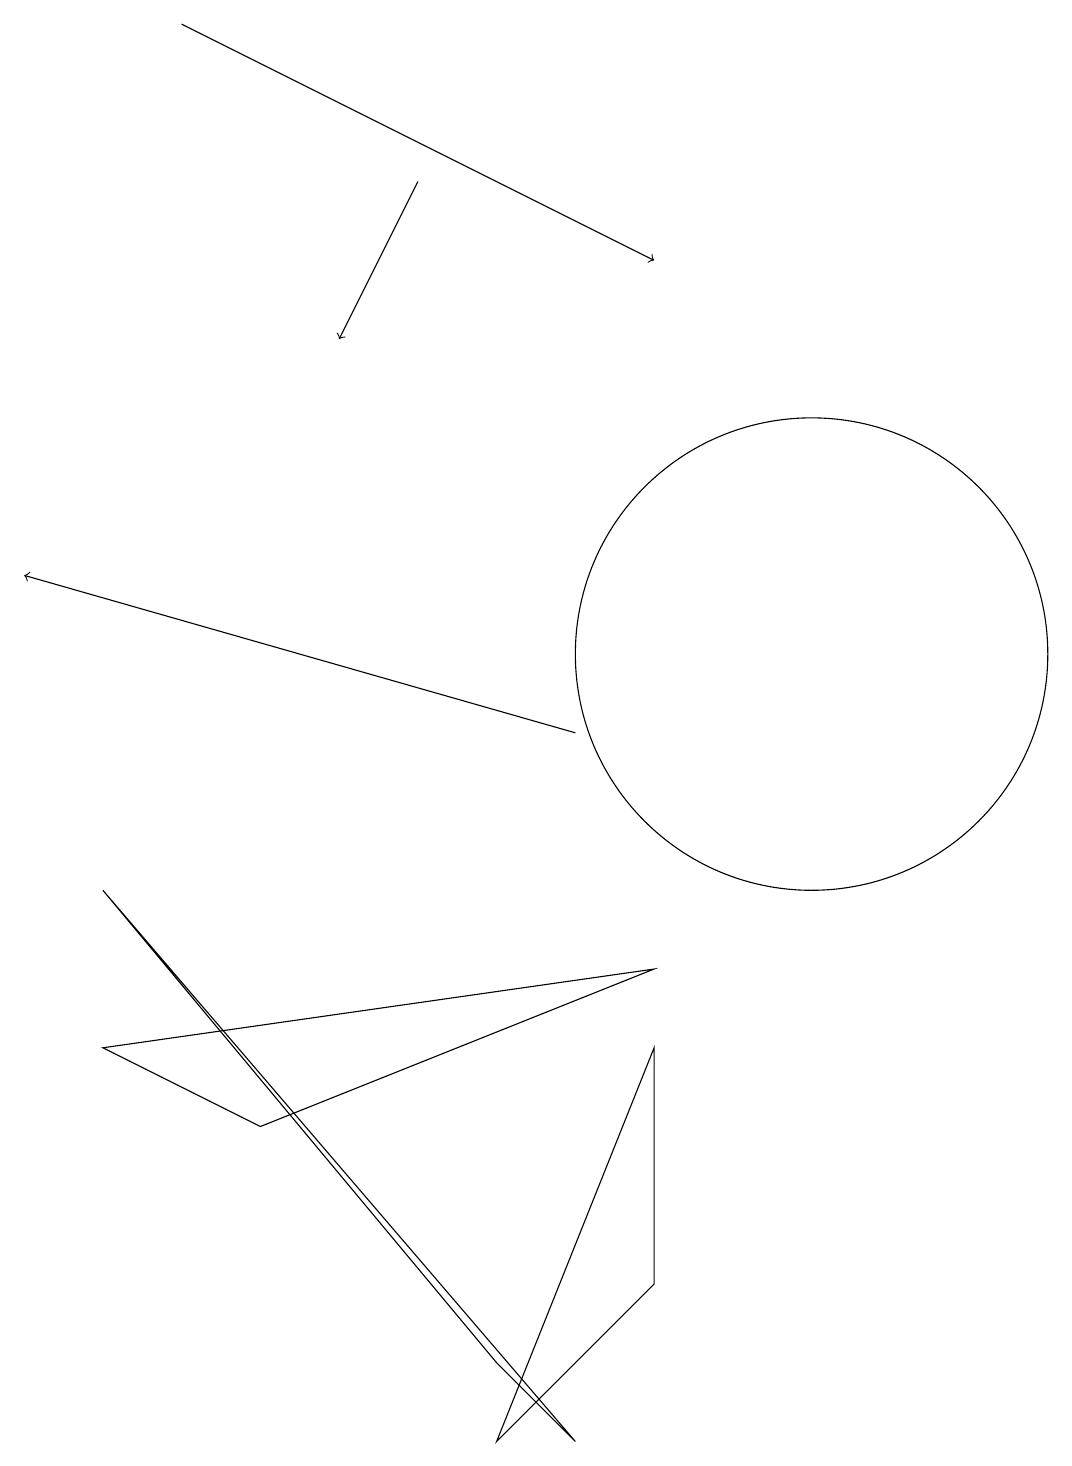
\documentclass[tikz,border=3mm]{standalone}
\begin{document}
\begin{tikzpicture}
\draw[->] (3,19) -- (9,16);
\draw (11,12) circle (0);
\draw (2,8) -- (7,2) -- (8,1) -- cycle;
\draw (9,7) -- (2,6) -- (4,5) -- cycle;
\draw[->] (8,10) -- (1,12);
\draw[->] (6,17) -- (5,15);
\draw (9,6) -- (9,3) -- (7,1) -- cycle;
\draw (11,11) circle (3);
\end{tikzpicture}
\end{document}